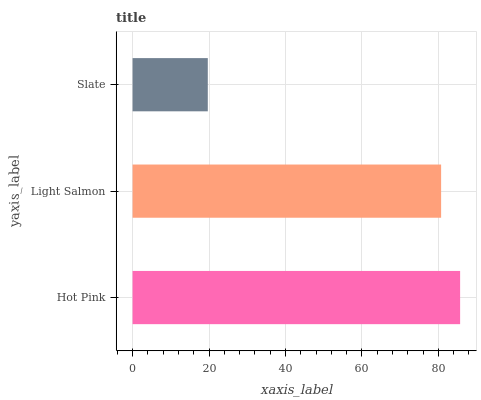
| yaxis_label | bars |
 | --- | --- |
 | Hot Pink | 85.7 |
 | Light Salmon | 80.7 |
 | Slate | 19.7 |